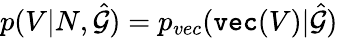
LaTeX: p(V|N,\hat{\mathcal{G}})=p_{vec}(\texttt{vec}(V)|\hat{\mathcal{G}})